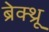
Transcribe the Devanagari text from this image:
ब्रेक्थ्रू